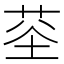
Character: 𮏏